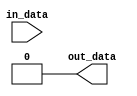
module io_buffer (
    input wire in_data,
    output wire out_data
);

    reg buffer;

    initial begin
        buffer = 1'b0; // Initial value of the buffer
    end

    always @(in_data or buffer) begin
        out_data = buffer;
    end

endmodule